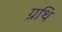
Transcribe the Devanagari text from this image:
ग्रथि